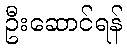
ဦးဆောင်ရန်